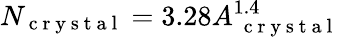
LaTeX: N_{\mathrm{~c~r~y~s~t~a~l~}}=3.28A_{\mathrm{~\mathrm{~c~r~y~s~t~a~l~}~}}^{1.4}